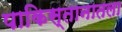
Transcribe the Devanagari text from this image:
पाकिस्तानातला